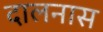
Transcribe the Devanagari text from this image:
दालनास